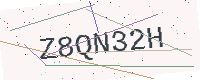
Text: Z8QN32H